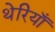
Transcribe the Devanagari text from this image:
थेरियाँ